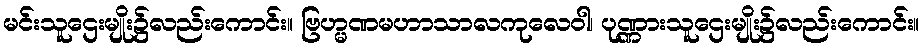
မင်းသူဌေးမျိုး၌လည်းကောင်း။ ဗြဟ္မဏမဟာသာလကုလေဝါ၊ ပုဏ္ဏားသူဌေးမျိုး၌လည်းကောင်း။